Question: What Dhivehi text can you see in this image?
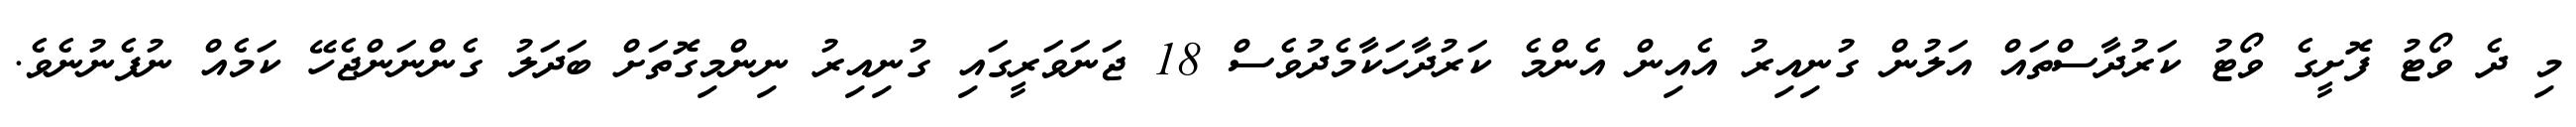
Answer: މި ދެ ވޯޓު ފޮށީގެ ވޯޓު ކަރުދާސްތައް އަލުން ގުނިއިރު އެއިން އެންމެ ކަރުދާހަކާމެދުވެސް 18 ޖަނަވަރީގައި ގުނިއިރު ނިންމިގޮތަށް ބަދަލު ގެންނަންޖެހޭ ކަމެއް ނުފެނުނެވެ.